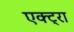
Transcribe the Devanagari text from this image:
एक्ट्रा